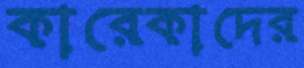
কারেকাদের